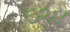
૬૨૪